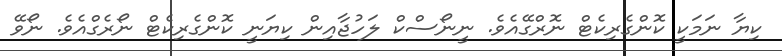
ކިޔާ ނަމަކީ ކޮންގެރިކެޓް ނޮރްގޭއެވެ. ނީނޯސްކް ލަހުޖާއިން ކިޔަނީ ކޮންގެރިކެޓް ނޯރެގްއެވެ. ނޯވޭ